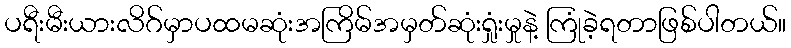
ပရီးမီးယားလိဂ်မှာပထမဆုံးအကြိမ်အမှတ်ဆုံးရှုံးမှုနဲ့ ကြုံခဲ့ရတာဖြစ်ပါတယ်။